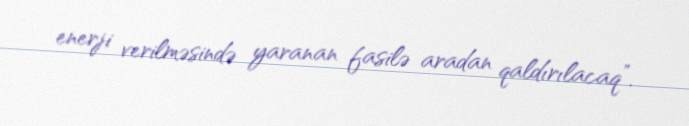
enerji verilməsində yaranan fasilə aradan qaldırılacaq”.